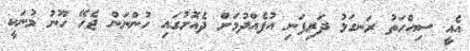
އެއީ ސިއްހަތު ރަނގަޅު ދަރިފަނި އުފެއްދުމަށް ދެއޮށުގައި ހުންނަން ޖެހޭ ހޫނު މުނަކީ